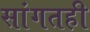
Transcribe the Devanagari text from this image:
सांगतही